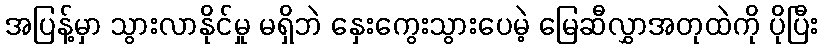
အပြန့်မှာ သွားလာနိုင်မှု မရှိဘဲ နှေးကွေးသွားပေမဲ့ မြေဆီလွှာအတုထဲကို ပိုပြီး